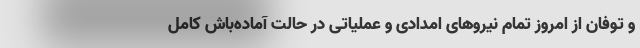
و توفان از امروز تمام نیروهای امدادی و عملیاتی در حالت آماده‌باش کامل